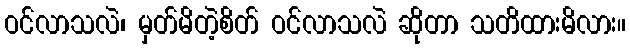
ဝင်လာသလဲ၊ မှတ်မိတဲ့စိတ် ဝင်လာသလဲ ဆိုတာ သတိထားမိလား။